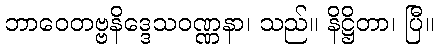
ဘာဝေတဗ္ဗနိဒ္ဒေသဝဏ္ဏနာ၊ သည်။ နိဋ္ဌိတာ၊ ပြီ။